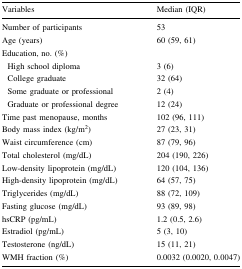
<table><thead><tr><td><b>Variables</b></td><td><b>Median (IQR)</b></td></tr></thead><tbody><tr><td>Number of participants</td><td>53</td></tr><tr><td>Age (years)</td><td>60 (59, 61)</td></tr><tr><td colspan="2">Education, no. (%)</td></tr><tr><td> High school diploma</td><td>3 (6)</td></tr><tr><td> College graduate</td><td>32 (64)</td></tr><tr><td> Some graduate or professional</td><td>2 (4)</td></tr><tr><td> Graduate or professional degree</td><td>12 (24)</td></tr><tr><td>Time past menopause, months</td><td>102 (96, 111)</td></tr><tr><td>Body mass index (kg/m<sup>2</sup>)</td><td>27 (23, 31)</td></tr><tr><td>Waist circumference (cm)</td><td>87 (79, 96)</td></tr><tr><td>Total cholesterol (mg/dL)</td><td>204 (190, 226)</td></tr><tr><td>Low-density lipoprotein (mg/dL)</td><td>120 (104, 136)</td></tr><tr><td>High-density lipoprotein (mg/dL)</td><td>64 (57, 75)</td></tr><tr><td>Triglycerides (mg/dL)</td><td>88 (72, 109)</td></tr><tr><td>Fasting glucose (mg/dL)</td><td>93 (89, 98)</td></tr><tr><td>hsCRP (pg/mL)</td><td>1.2 (0.5, 2.6)</td></tr><tr><td>Estradiol (pg/mL)</td><td>5 (3, 10)</td></tr><tr><td>Testosterone (ng/dL)</td><td>15 (11, 21)</td></tr><tr><td>WMH fraction (%)</td><td>0.0032 (0.0020, 0.0047)</td></tr></tbody></table>